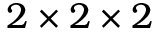
2 \times 2 \times 2